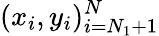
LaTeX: (x_{i},y_{i})_{i=N_{1}+1}^{N}